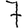
Digit: 7